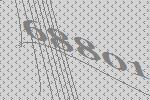
68801